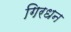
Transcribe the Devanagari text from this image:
गिरधन